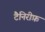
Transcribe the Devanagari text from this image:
टैनिरीफ़